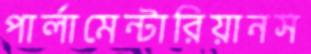
পার্লামেন্টারিয়ানস